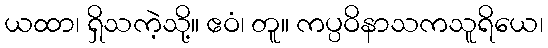
ယထာ၊ ရှိသကဲ့သို့။ ဧဝံ၊ တူ။ ကပ္ပဝိနာသကသူရိယေ၊